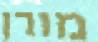
מורן